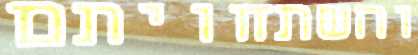
והשתחויתם